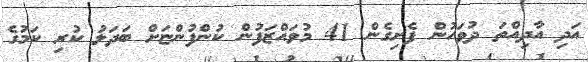
އަދި އާދިއްތަ ދުވަހުން ފެށިގެން 41 މުވައްޒަފުން ކުންފުންޏަށް ބަދަލު ކުރި ކަމުގެ